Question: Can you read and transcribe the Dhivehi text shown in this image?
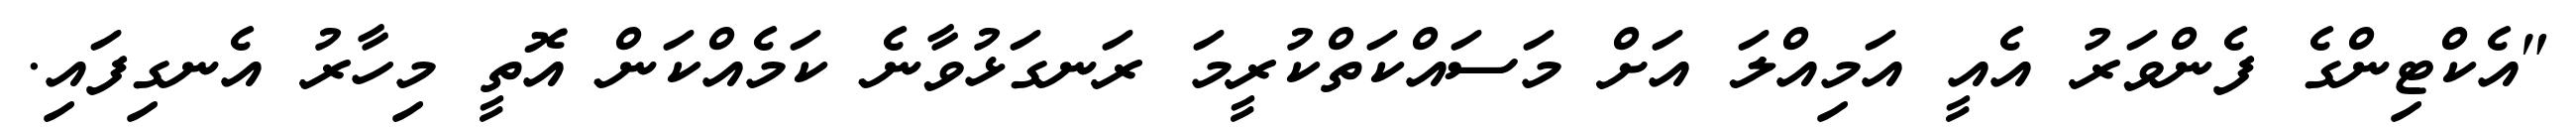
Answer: "އެކްޓިންގެ ފެންވަރު އެއީ އަމިއްލަ އަށް މަސައްކަތްކުރީމަ ރަނގަޅުވާނެ ކަމެއްކަން އޮތީ މިހާރު އެނގިފައި.